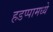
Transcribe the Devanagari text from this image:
हडप्पामध्ये